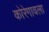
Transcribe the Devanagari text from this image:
कोरेगावला